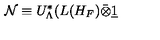
\mathcal { N } \equiv U _ { \Lambda } ^ { * } ( L ( H _ { F } ) \bar { \otimes } \underline { { 1 } }